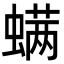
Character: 螨